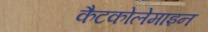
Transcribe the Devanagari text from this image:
कैटकोलेमाइन